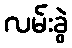
လမ်းခွဲ